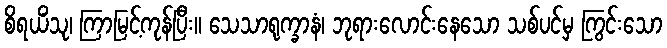
စိရယိံသု၊ ကြာမြင့်ကုန်ပြီး။ သေသာရုက္ခာနံ၊ ဘုရားလောင်းနေသော သစ်ပင်မှ ကြွင်းသော